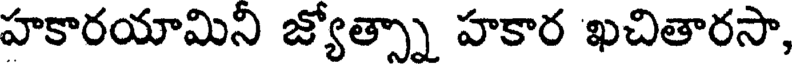
హకారయామిని జ్యోత్స్నా హకార ఖచితారసా,